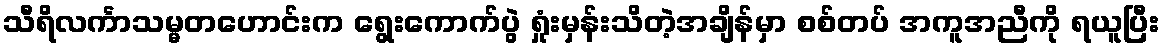
သီရိလင်္ကာသမ္မတဟောင်းက ရွေးကောက်ပွဲ ရှုံးမှန်းသိတဲ့အချိန်မှာ စစ်တပ် အကူအညီကို ရယူပြီး